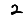
Digit: 2